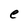
Character: e